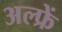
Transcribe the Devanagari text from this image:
अल्फ्रें